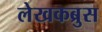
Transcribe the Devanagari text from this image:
लेखकब्रुस